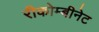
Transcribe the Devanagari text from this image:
रीकोम्बीनेट